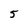
Character: 5